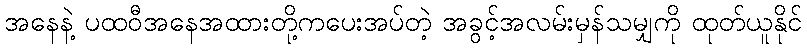
အနေနဲ့ ပထဝီအနေအထားတို့ကပေးအပ်တဲ့ အခွင့်အလမ်းမှန်သမျှကို ထုတ်ယူနိုင်